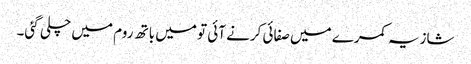
شازیہ کمرے میں صفائی کرنے آئی تو میں باتھ روم میں چلی گئی۔